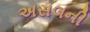
અસલની